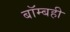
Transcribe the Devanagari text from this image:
बॉम्बही